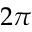
2 \pi